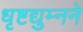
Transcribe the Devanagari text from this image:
धृष्टद्युम्नने